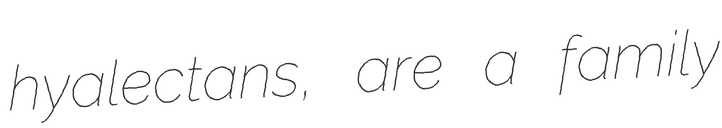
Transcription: hyalectans, are a family